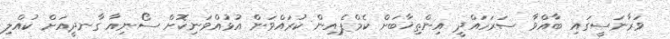
ވަރާނަސީގައި ބާއްވާ ސަރަހައްދީ އިންތިޚާބަށް ކެމްޕެއިން ކުރައްވަން އުޅުއްވަނިކޮށް ސޯނިއާ ގާނދީއަށް ކުއްލި